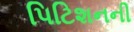
પિટિશનની